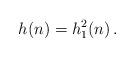
LaTeX: \begin{align*}h(n)=h_1^2(n)\,.\end{align*}